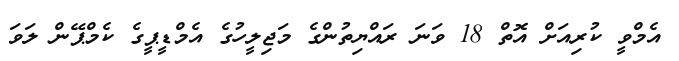
އެމްވީ ކުރިއަށް އޮތް 18 ވަނަ ރައްޔިތުންގެ މަޖިލީހުގެ އެމްޑީޕީގެ ކެމްޕޭން ލަވަ